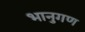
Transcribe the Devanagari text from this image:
भानुगण